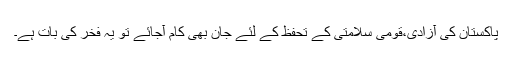
پاکستان کی آزادی،قومی سلامتی کے تحفظ کے لئے جان بھی کام آجائے تو یہ فخر کی بات ہے۔